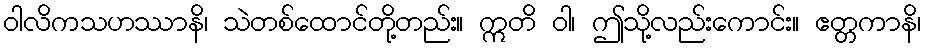
ဝါလိကသဟဿာနိ၊ သဲတစ်ထောင်တို့တည်း။ ဣတိ ဝါ၊ ဤသို့လည်းကောင်း။ ဧတ္တကာနိ၊